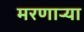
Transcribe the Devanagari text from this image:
मरणार्‍या